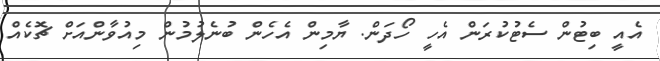
އެއީ ބިޓުން ސެޓުކުރަން އެހީ ހޯދަން. ޔާމިން އެހެން ބުނެލުމުން މިއުވާންއަށް ޗޮކެއް